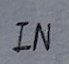
Text: IN